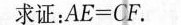
求证：$$A E = C F$$。